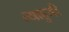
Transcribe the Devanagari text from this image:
त्याहुनी